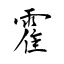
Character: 霍